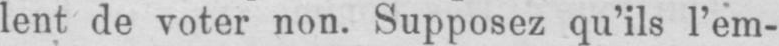
lent de voter non. Supposez qu’ils l’em-